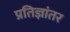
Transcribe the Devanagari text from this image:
प्रतिज्ञांतर